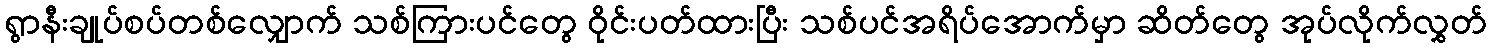
ရွာနီးချုပ်စပ်တစ်လျှောက် သစ်ကြားပင်တွေ ဝိုင်းပတ်ထားပြီး သစ်ပင်အရိပ်အောက်မှာ ဆိတ်တွေ အုပ်လိုက်လွှတ်